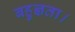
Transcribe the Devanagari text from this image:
बहुज्ञता।